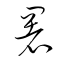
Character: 署